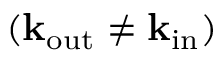
( \mathbf { k _ { \mathrm { o u t } } } \neq \mathbf { k _ { \mathrm { i n } } } )